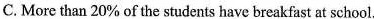
C. More than 20\% of the students have breakfast at home.